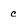
Character: c